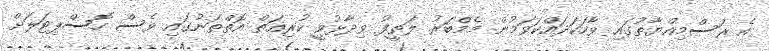
އެ ރަސްމިއްޔާތުގައި ވާހަކަދައްކަވަމުން މެމްބަރު ލަތީފު ވިދާޅުވީ ކުރިއަތް އޮތްތަނުގައި ވެސް ހޮސްޕިޓަލަށް